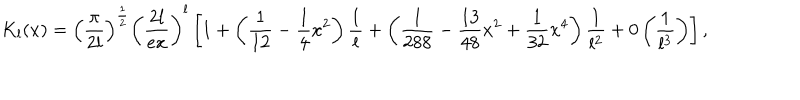
K _ { l } ( x ) = \left( \displaystyle \frac { \pi } { 2 l } \right) ^ { \frac { 1 } { 2 } } \left( \displaystyle \frac { 2 l } { e x } \right) ^ { l } \left[ 1 + \left( \displaystyle \frac { 1 } { 1 2 } - \displaystyle \frac { 1 } { 4 } x ^ { 2 } \right) \displaystyle \frac { 1 } { l } + \left( \displaystyle \frac { 1 } { 2 8 8 } - \displaystyle \frac { 1 3 } { 4 8 } x ^ { 2 } + \displaystyle \frac { 1 } { 3 2 } x ^ { 4 } \right) \displaystyle \frac { 1 } { l ^ { 2 } } + 0 \left( \displaystyle \frac { 1 } { l ^ { 3 } } \right) \right] ,